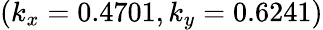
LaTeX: (k_{x}=0.4701,k_{y}=0.6241)